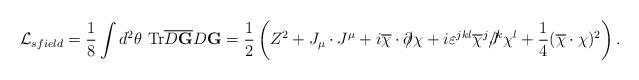
LaTeX: \begin{align*}{\cal L}_{sfield} = \frac 1 8 \int d^2 \theta~ \hbox{Tr} \overline{D{\bf G}}D{\bf G}=\frac 1 2 \left( Z^2 + J_{\mu}\cdot J^{\mu}+ i\overline{\chi}\cdot \partial\!\!\!/ \chi + i \varepsilon^{jkl}\overline{ \chi}^j J\!\!\!\!/^k\chi^l+\frac 1 4 (\overline{\chi}\cdot\chi)^2\right). \end{align*}